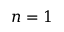
n = 1